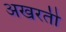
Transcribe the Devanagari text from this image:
अखरती